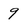
Character: 9